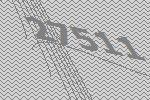
27511